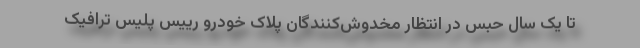
تا یک سال حبس در انتظار مخدوش‌کنندگان پلاک خودرو رییس پلیس ترافیک